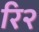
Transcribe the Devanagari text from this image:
रि२